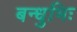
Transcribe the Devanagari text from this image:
बन्धुभिः